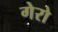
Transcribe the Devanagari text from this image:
गेरो